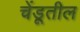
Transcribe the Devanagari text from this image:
चेंडूतील